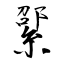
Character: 綤